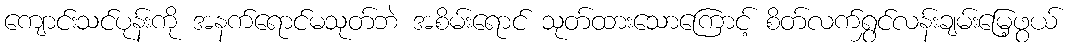
ကျောင်းသင်ပုန်းကို အနက်ရောင်မသုတ်ဘဲ အစိမ်းရောင် သုတ်ထားသောကြောင့် စိတ်လက်ရွှင်လန်းချမ်းမြေ့ဖွယ်